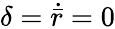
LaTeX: \delta=\dot{\bar{r}}=0